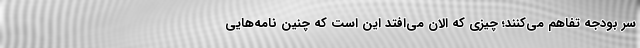
سر بودجه تفاهم می‌کنند؛ چیزی که الان می‌افتد این است که چنین نامه‌هایی